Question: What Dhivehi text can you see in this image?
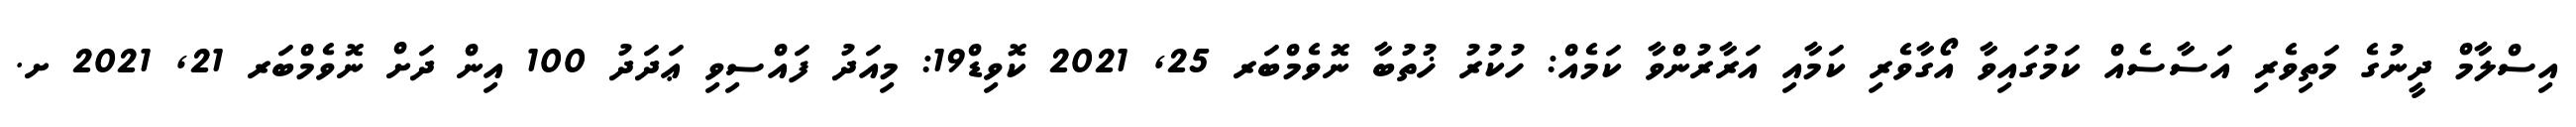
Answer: އިސްލާމް ދީނުގެ މަތިވެރި އަސާސެއް ކަމުގައިވާ އޯގާވެރި ކަމާއި އަރާރުންވާ ކަމެއް: ހުކުރު ޚުތުބާ ނޮވެމްބަރ 25, 2021 ކޮވިޑް19: މިއަދު ފައްސިވި ޢަދަދު 100 އިން ދަށް ނޮވެމްބަރ 21, 2021 ށ.